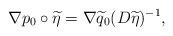
LaTeX: \begin{align*}\nabla p_0 \circ \widetilde{\eta} = \nabla \widetilde{q}_0 ( D \widetilde{\eta} )^{-1},\end{align*}